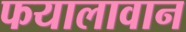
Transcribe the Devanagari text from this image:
फयालावान